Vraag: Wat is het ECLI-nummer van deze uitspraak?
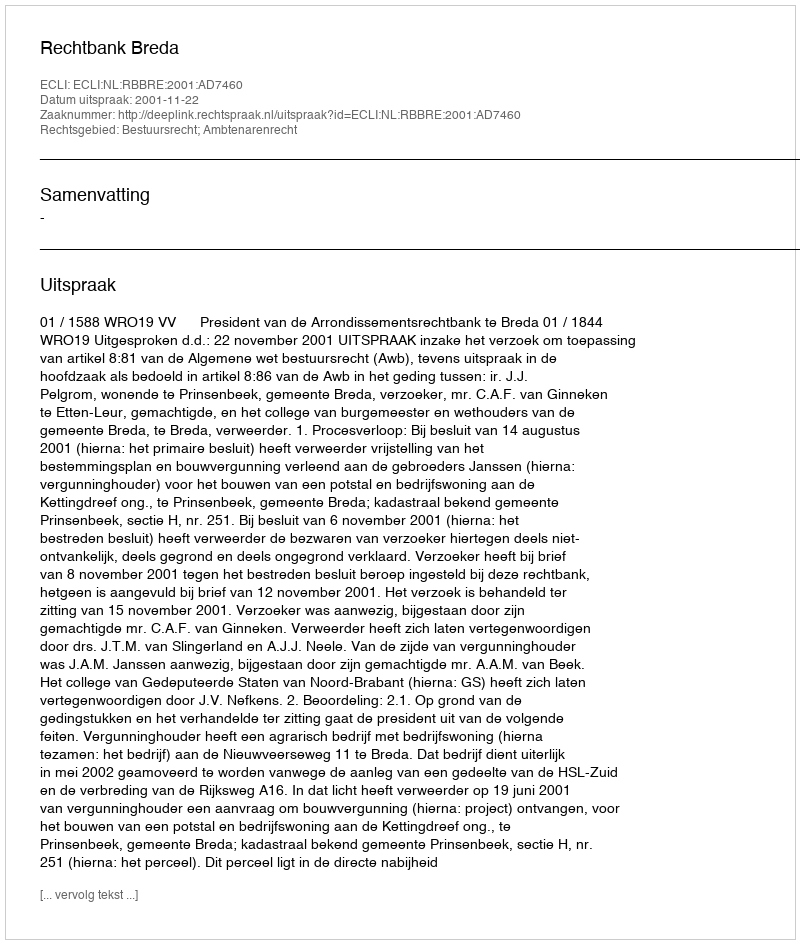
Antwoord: ECLI:NL:RBBRE:2001:AD7460